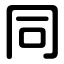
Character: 同